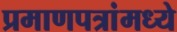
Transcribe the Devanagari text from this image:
प्रमाणपत्रांमध्ये